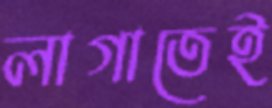
লাগাতেই